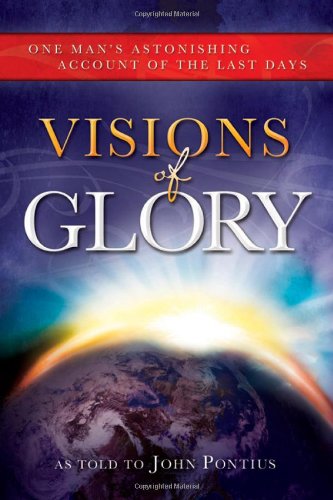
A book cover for Visions of Glory: One Man's Astonishing Account of the Last Days; John Pontius; Christian Books & Bibles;